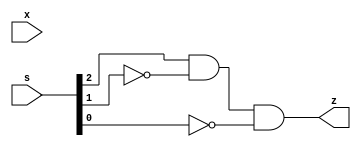
module omega(output z, input [1:3]s, input [1:2]x);

   // l'uscita  a 1 solo nel caso dello stato 5 (100)
  assign
    z = s[1]& ~s[2] &~s[3];
   

endmodule